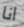
انا